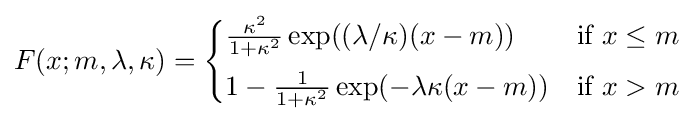
F(x;m,\lambda ,\kappa )={\begin{cases}{\frac {\kappa ^{2}}{1+\kappa ^{2}}}\exp((\lambda /\kappa )(x-m))&{\text{if }}x\leq m\\[4pt]1-{\frac {1}{1+\kappa ^{2}}}\exp(-\lambda \kappa (x-m))&{\text{if }}x>m\end{cases}}